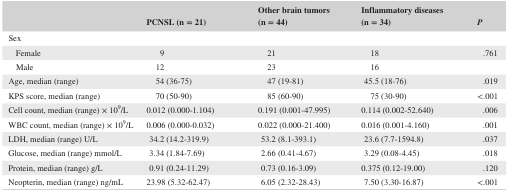
|  | PCNSL (n = 21) | Other brain tumors (n = 44) | Inflammatory diseases (n = 34) | P |
 | --- | --- | --- | --- | --- |
 | <COLSPAN=5> Sex |
 | Female | 9 | 21 | 18 | .761 |
 | Male | 12 | 23 | 16 |  |
 | Age, median (range) | 54 (36‐75) | 47 (19‐81) | 45.5 (18‐76) | .019 |
 | KPS score, median (range) | 70 (50‐90) | 85 (60‐90) | 75 (30‐90) | <.001 |
 | Cell count, median (range) × 109/L | 0.012 (0.000‐1.104) | 0.191 (0.001‐47.995) | 0.114 (0.002‐52.640) | .006 |
 | WBC count, median (range) × 109/L | 0.006 (0.000‐0.032) | 0.022 (0.000‐21.400) | 0.016 (0.001‐4.160) | .001 |
 | LDH, median (range) U/L | 34.2 (14.2‐319.9) | 53.2 (8.1‐393.1) | 23.6 (7.7‐1594.8) | .037 |
 | Glucose, median (range) mmol/L | 3.34 (1.84‐7.69) | 2.66 (0.41‐4.67) | 3.29 (0.08‐4.45) | .018 |
 | Protein, median (range) g/L | 0.91 (0.24‐11.29) | 0.73 (0.16‐3.09) | 0.375 (0.12‐19.00) | .120 |
 | Neopterin, median (range) ng/mL | 23.98 (5.32‐62.47) | 6.05 (2.32‐28.43) | 7.50 (3.30‐16.87) | <.001 |